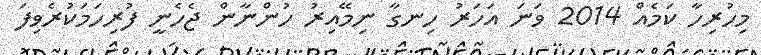
މިހުރިހާ ކަމެއް 2014 ވަނަ އަހަރު ހިނގާ ނިމޭއިރު ހުންނާން ޖެހެނީ ފުރިހަމަކުރެވިފަ